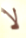
لا